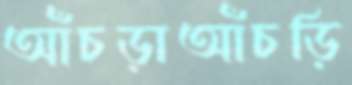
আঁচড়াআঁচড়ি